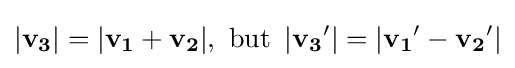
|\mathbf {v_{3}} |=|\mathbf {v_{1}} +\mathbf {v_{2}} |,{\text{ but }}\left|\mathbf {v_{3}} '\right|=\left|\mathbf {v_{1}} '-\mathbf {v_{2}} '\right|